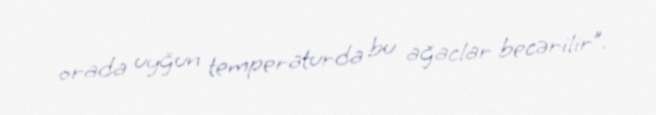
orada uyğun temperaturda bu ağaclar becərilir”.